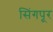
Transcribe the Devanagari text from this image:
सिंगपूर